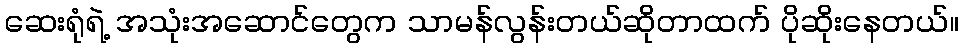
ဆေးရုံရဲ့ အသုံးအဆောင်တွေက သာမန်လွန်းတယ်ဆိုတာထက် ပိုဆိုးနေတယ်။